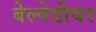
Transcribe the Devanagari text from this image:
बेल्वेडीयर